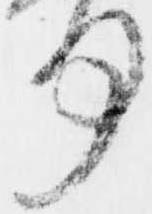
何